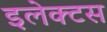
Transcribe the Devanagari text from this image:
इलेक्टस